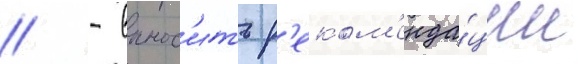
// - вынос'ить р'еком'енда́ции